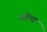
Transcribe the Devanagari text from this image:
अडेमा